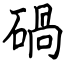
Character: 碢